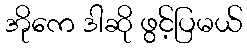
အိုကေ ဒါဆို ဖွင့်ပြမယ်